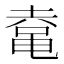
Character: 𱋾